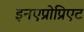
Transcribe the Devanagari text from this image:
इनएप्रोप्रिएट